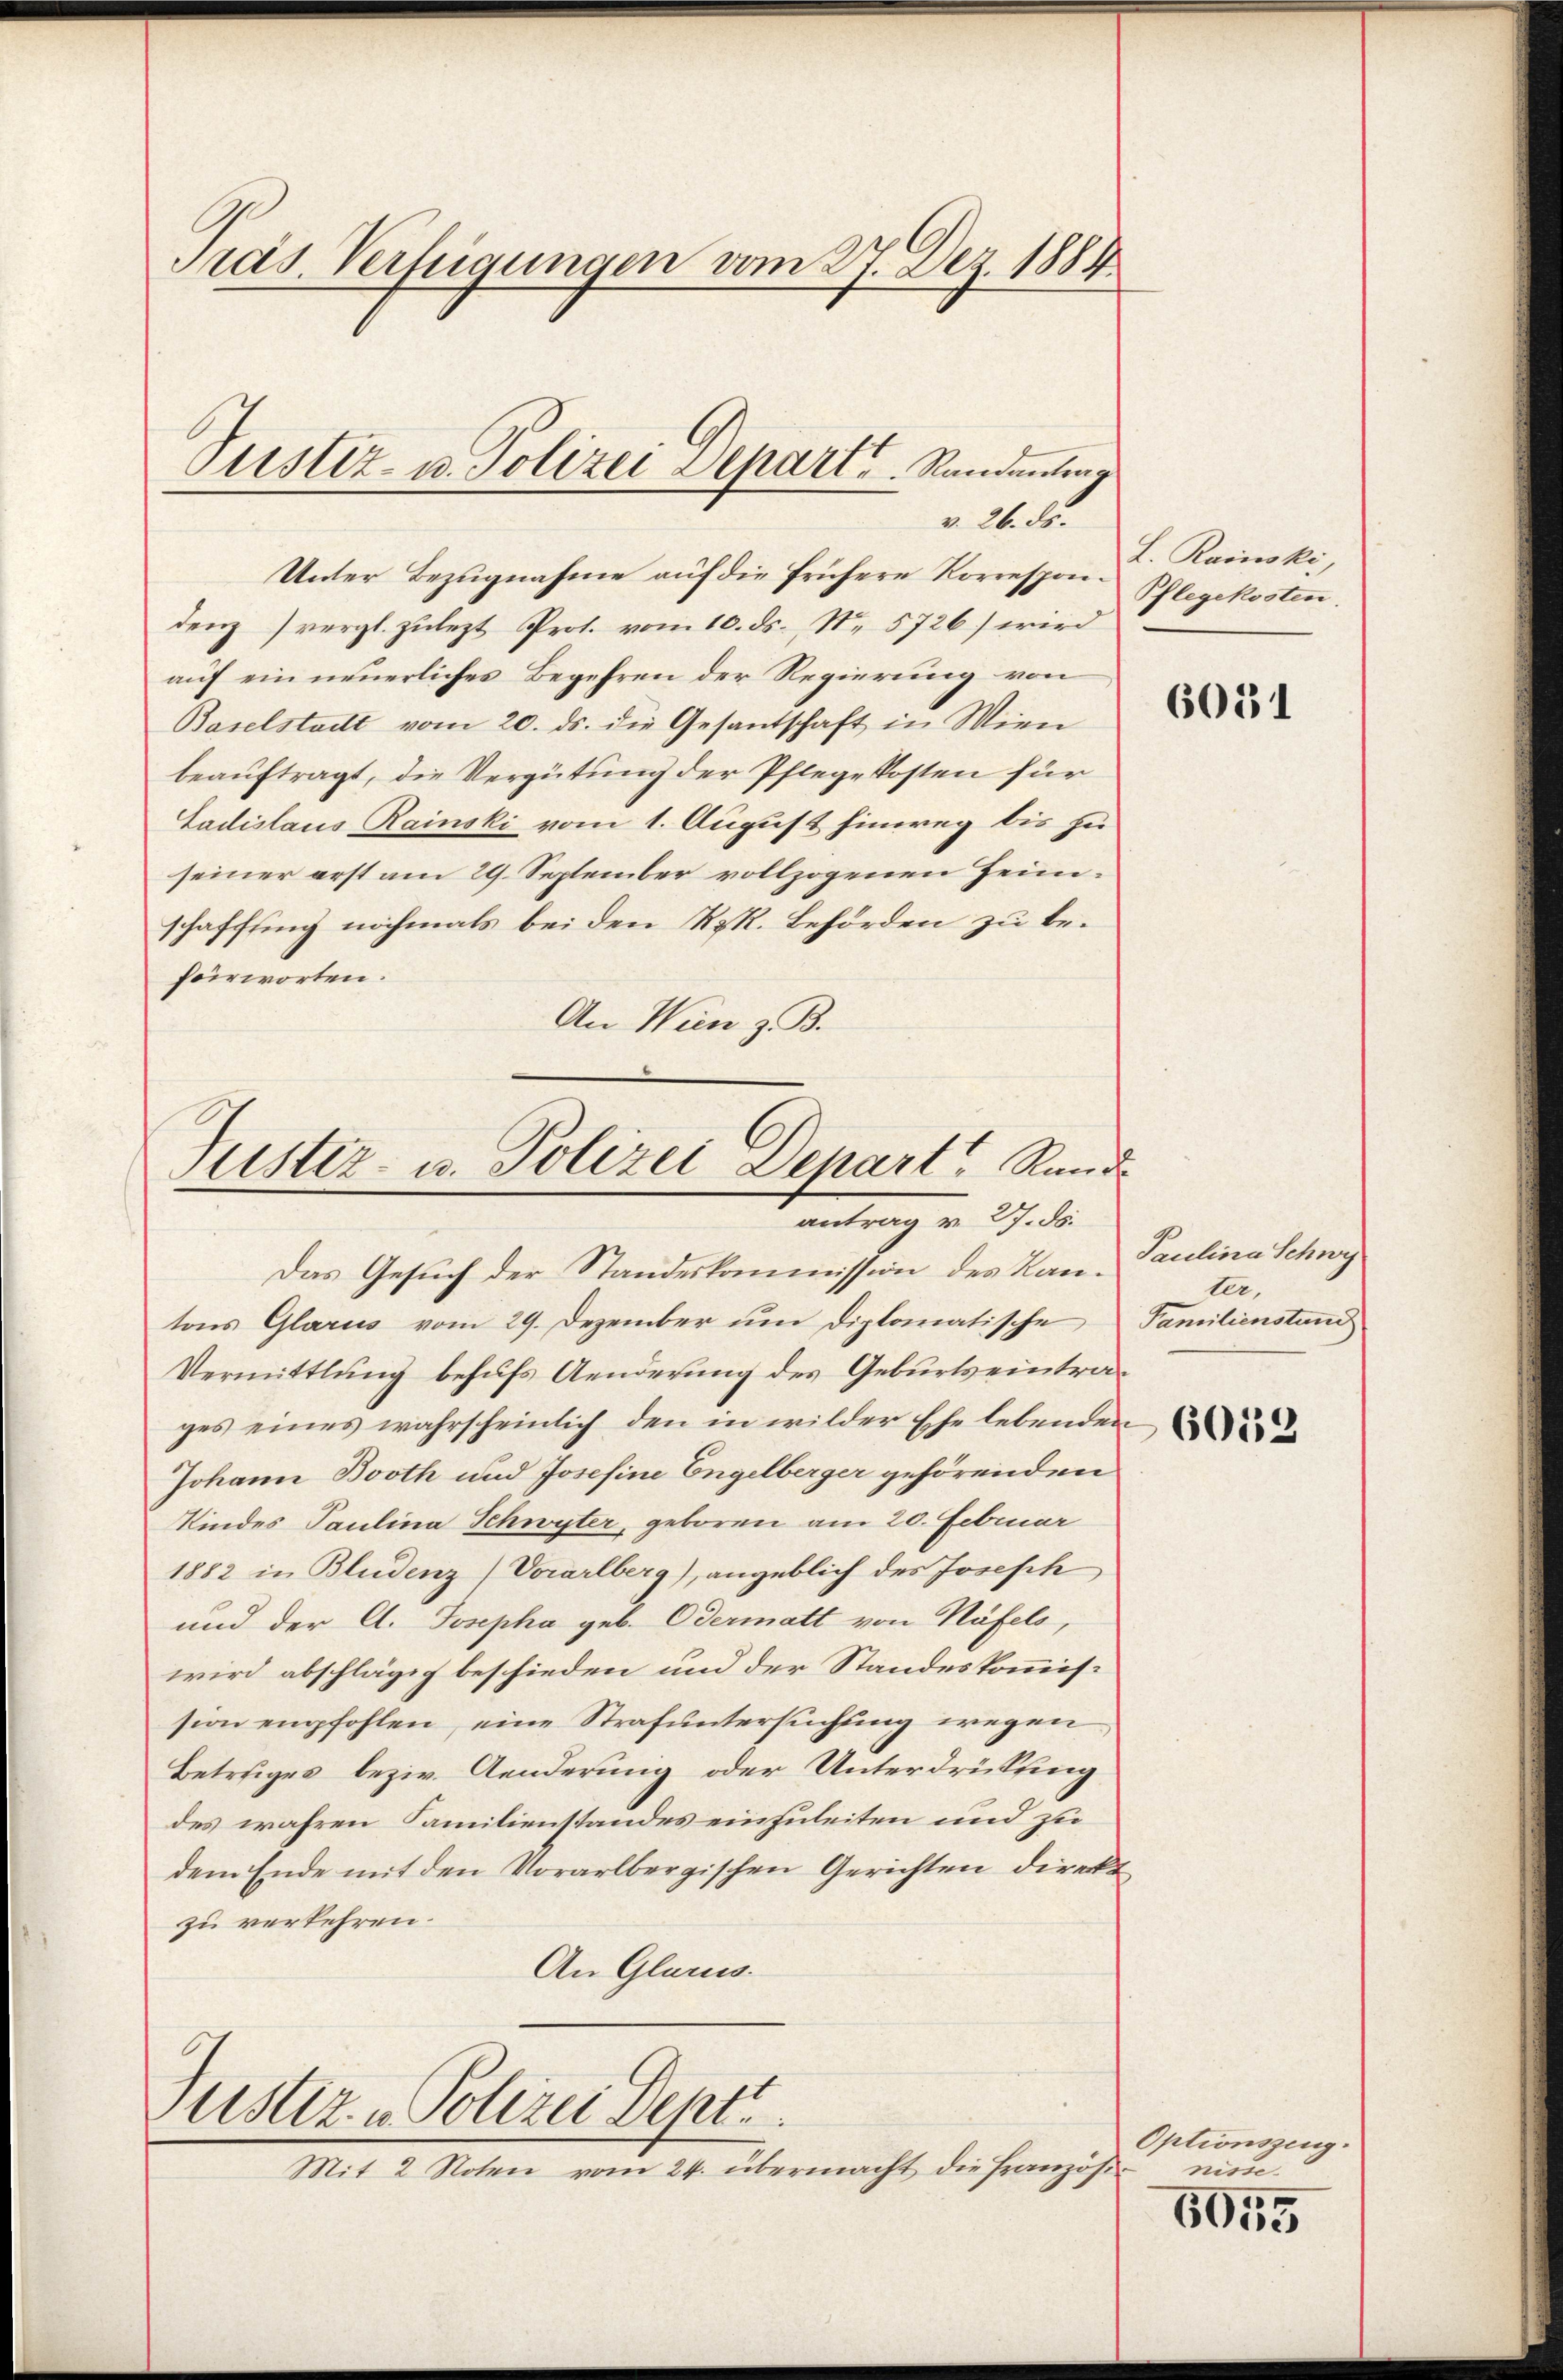
Präs. Verfügungen vom 27. Dez. 1884

Unter Bezugnahme auf die frühere Korrespon. Pflegekosten.
denz vergl. zulezt Prot. vom 10. ds. No. 5726) wird
auf ein neuerliches Begehren der Regierung von
Baselstadt vom 20. ds. die Gesantschaft in Wien
beauftragt, die Vergütung der Pflegekosten für
Ladislaus Rainski vom 1. August hinweg bis zu
seiner erst am 29. September vollzogenen Heimschaffing nochmals bei den RR. Behörden zu befürworten.
An Wien z. B.

Justiz- u. Polizei separt u. Randenting
v. 26. ds.

Justiz- u. Polizei Depart Rund
antrag v. 27. ds.
Das Gesuch der Standeskommission des Kan¬

Justiz - Polizei Dept.
Mit 2 Noten vom 24. übermacht die Französi-

tons Glarus vom 29. Dezember um diplomatische Familienstand
Vermittlung behufs Aenderung des Geburtseintrages eines wahrscheinlich den in wilder Ehe lebenden
Johann Booth und Josefine Engelberger gehörenden
Kindes Paulina Schwyter, geboren am 20. Februar
1882 in Bludenz (Vorarlberg), angeblich des Joseph,
und der A. Josepha geb. Odermatt von Näfels,
wird abschlägig beschieden und der Standeskommission empfohlen, eine Strafuntersuchung wegen
Betriges beziv. Aenderung oder Unterdrückung
des wahren Familienstandes einzuleiten und zu
dem Ende mit den Vorarlbergischen Gerichten direkt
zu verkehren.
An Glarus.

L. Rainski,

6051

Paulina Schwy
ter,

6053

Optionszeug.
nisse.
s

6055